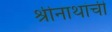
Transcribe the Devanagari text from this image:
श्रीनाथांची